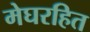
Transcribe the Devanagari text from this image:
मेघरहित